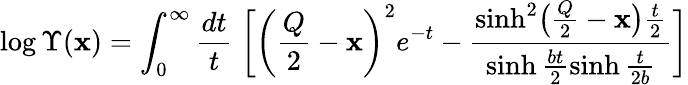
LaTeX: \log\Upsilon(\mathbf{x})=\int_{0}^{\infty}\frac{{dt}}{{t}}\; \biggl[\biggl(\frac{{Q}}{{2}}-\mathbf{x}\biggr)^{2}e^{-t}-\frac{{\sinh^{2}\bigl(\frac{{Q}}{{2}}-\mathbf{x}\bigr)\frac{{t}}{{2}}}}{{\sinh\frac{{bt}}{{2}}\sinh\frac{{t}}{{2b}}}}\biggr]